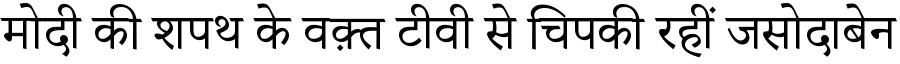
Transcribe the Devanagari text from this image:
मोदी की शपथ के वक़्त टीवी से चिपकी रहीं जसोदाबेन